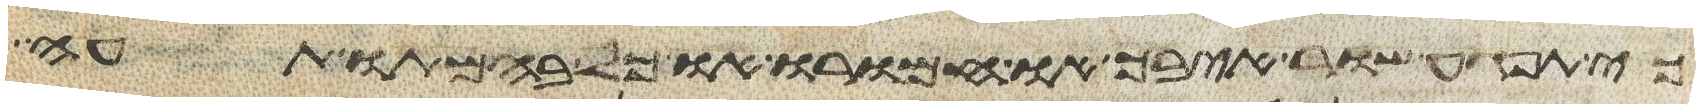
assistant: כי תפגע שור איבך או חמורו או כל בהמתו תעה